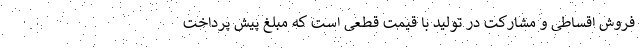
فروش اقساطی و مشارکت در تولید با قیمت قطعی است که مبلغ پیش پرداخت